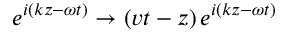
e ^ { i \left( k z - \omega t \right) } \rightarrow \left( v t - z \right) e ^ { i \left( k z - \omega t \right) }